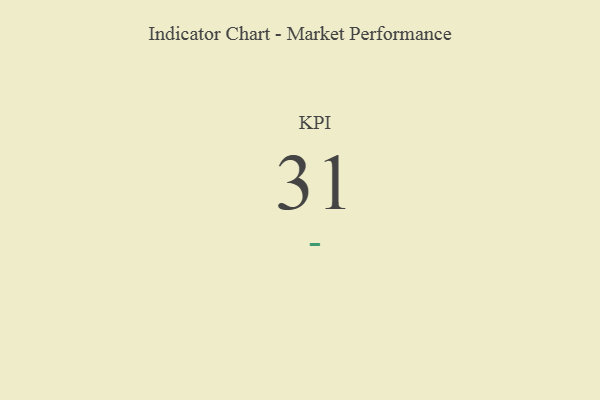
{"axis": {"x": "KPI", "y": "Value"}, "legend": [""], "data": [{"x": "KPI", "y": 31, "type": ""}]}